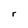
Character: r